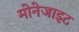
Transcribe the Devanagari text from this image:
मोनेजाइट